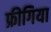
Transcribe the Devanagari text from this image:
फ्रीगिया